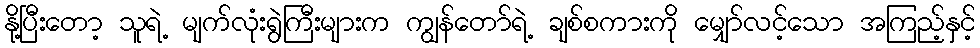
နို့ပြီးတော့ သူရဲ့ မျက်လုံးရွဲကြီးများက ကျွန်တော်ရဲ့ ချစ်စကားကို မျှော်လင့်သော အကြည့်နှင့်